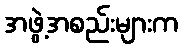
အဖွဲ့အစည်းများက